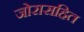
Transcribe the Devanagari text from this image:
जोरासहित